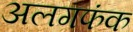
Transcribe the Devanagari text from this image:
अलगफंक